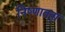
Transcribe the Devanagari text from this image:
निष्णातता